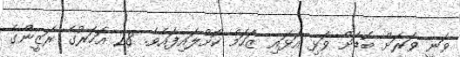
ވަނީ ވަރަށް ބޮޑަށް ވަޅި އަޅައި ޒަހަމް ކޮށްލައިފައެވެ. 28 އަހަރުގެ ރަޒީންގެ